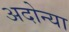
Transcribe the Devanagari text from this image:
अदोन्या